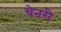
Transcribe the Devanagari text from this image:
चेनरी